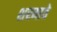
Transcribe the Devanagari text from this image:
शरमाते